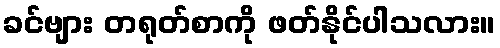
ခင်ဗျား တရုတ်စာကို ဖတ်နိုင်ပါသလား။